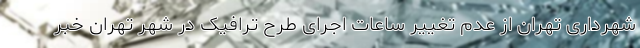
شهرداری تهران از عدم تغییر ساعات اجرای طرح ترافیک در شهر تهران خبر